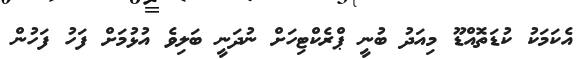
އެކަމަކު ކުޑަތޮއްޑޫ މިއަދު ބުނީ ޕްރެކްޓިހަށް ނުދަނީ ބަލިވެ އުޅުމަށް ފަހު ފަހުން